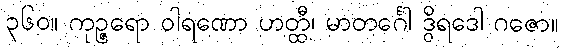
၃၆၀။ ကုဉ္ဇရော ဝါရဏော ဟတ္ထီ၊ မာတင်္ဂေါ ဒွိရဒေါ ဂဇော။